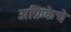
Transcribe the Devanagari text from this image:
अफ्रिकेचे